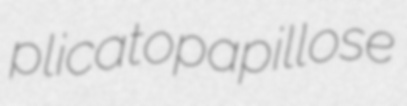
plicatopapillose